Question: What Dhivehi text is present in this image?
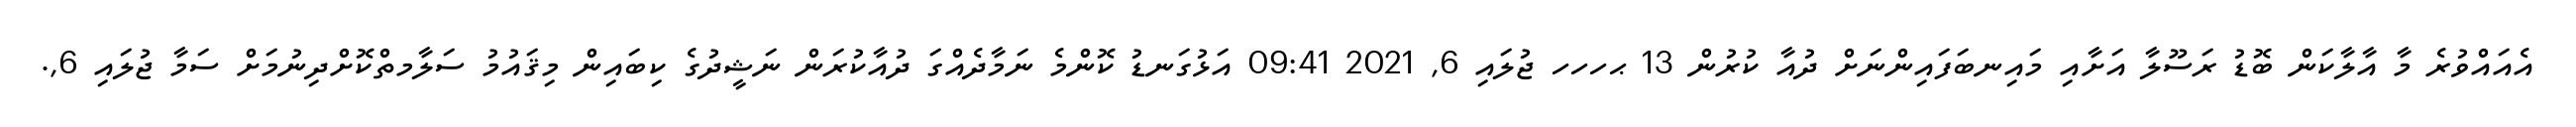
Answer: އެއައްވުރެ މާ އާލާކަން ބޮޑު ރަސޫލާ އަށާއި މައިނބަފައިންނަށް ދުއާ ކުރުން 13 ޙހހހ ޖުލައި 6, 2021 09:41 އަޅުގަނޑު ކޮންމެ ނަމާދެއްގަ ދުއާކުރަން ނަޝީދުގެ ކިބައިން މިޤައުމު ސަލާމތްކޮށްދިނުމަށް ސަމާ ޖުލައި 6,.